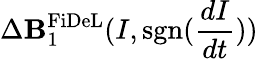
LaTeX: \Delta\mathbf{B}_{1}^{\mathrm{{FiDeL}}}(I,\mathrm{{sgn}}(\frac{{dI}}{{dt}}))